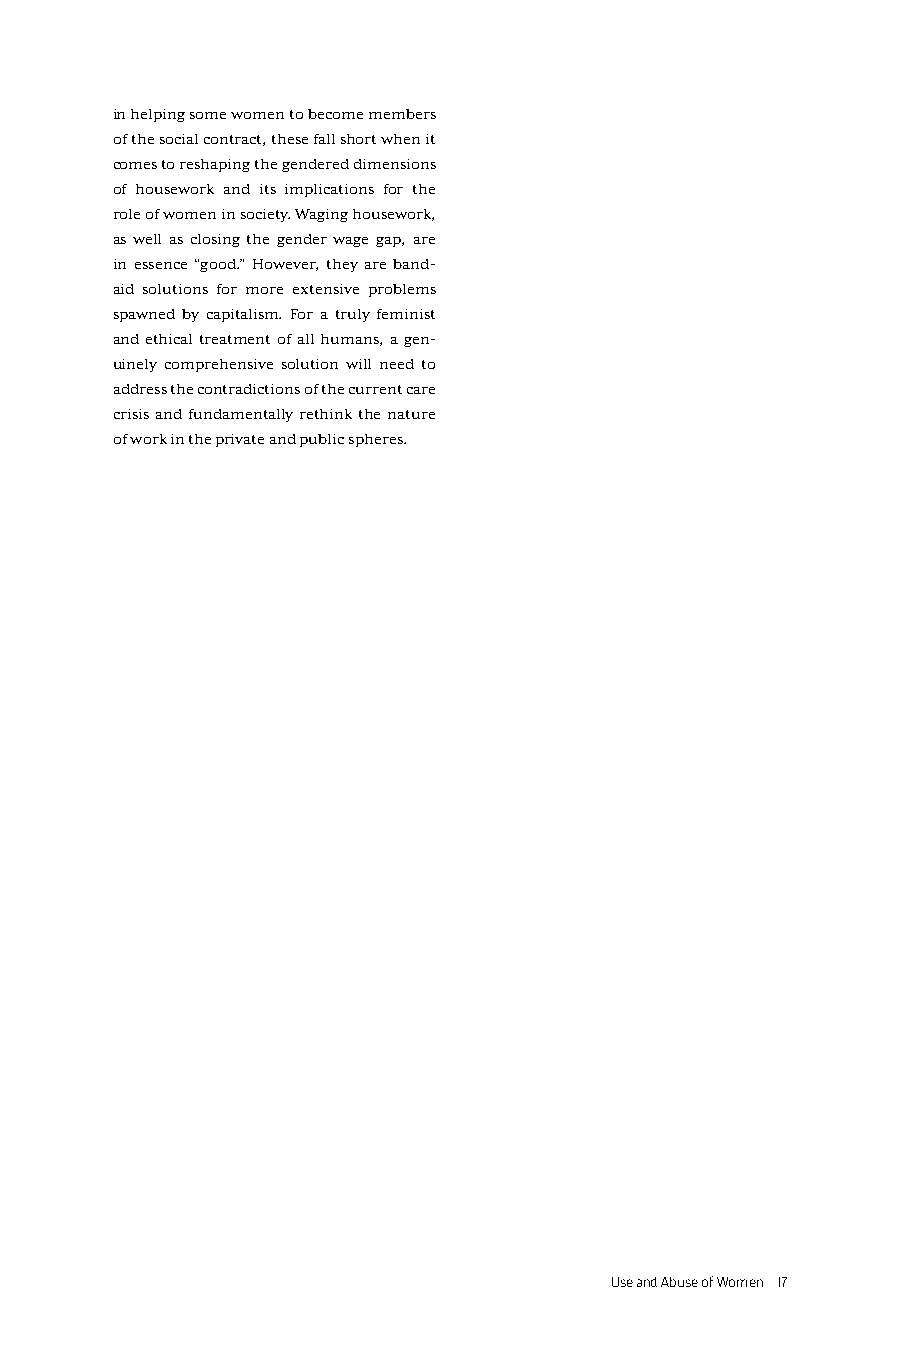
in helping some women to become members
 of the social contract, these fall short when it
 comes to reshaping the gendered dimensions
 of housework and its implications for the
 role of women in society. Waging housework,
 as well as closing the gender wage gap, are
 in essence “good.” However, they are band-
 aid solutions for more extensive problems
 spawned by capitalism. For a truly feminist
 and ethical treatment of all humans, a gen-
 uinely comprehensive solution will need to
 address the contradictions of the current care
 crisis and fundamentally rethink the nature
 of work in the private and public spheres.
 Use and Abuse of Women 17